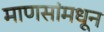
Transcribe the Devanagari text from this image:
माणसांमधून